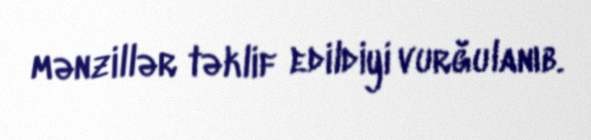
mənzillər təklif edildiyi vurğulanıb.